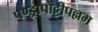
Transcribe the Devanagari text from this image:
पण्ड्रापोट्टीपल्लम